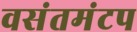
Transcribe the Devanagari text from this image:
वसंतमंटप